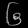
Digit: ၆